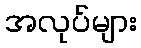
အလုပ်များ